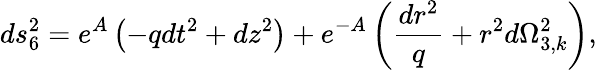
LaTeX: ds_{6}^{2}=e^{A}\left(-qdt^{2}+dz^{2}\right)+e^{-A}\left(\frac{dr^{2}}{q}+r^{2}d\Omega_{3,k}^{2}\right),